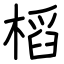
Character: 槄